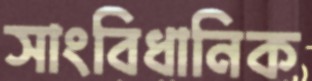
সাংবিধানিক